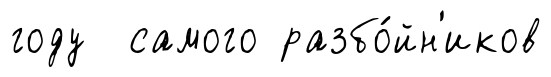
году самого разбо́йн'иков